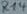
Text: R14